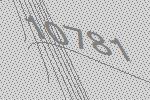
10781